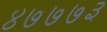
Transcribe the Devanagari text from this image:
४७७७३